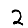
Digit: 2